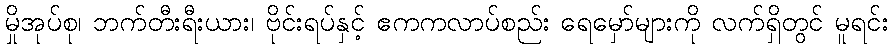
မှိုအုပ်စု၊ ဘက်တီးရီးယား၊ ဗိုင်းရပ်နှင့် ဧကကလာပ်စည်း ရေမှော်များကို လက်ရှိတွင် မူရင်း